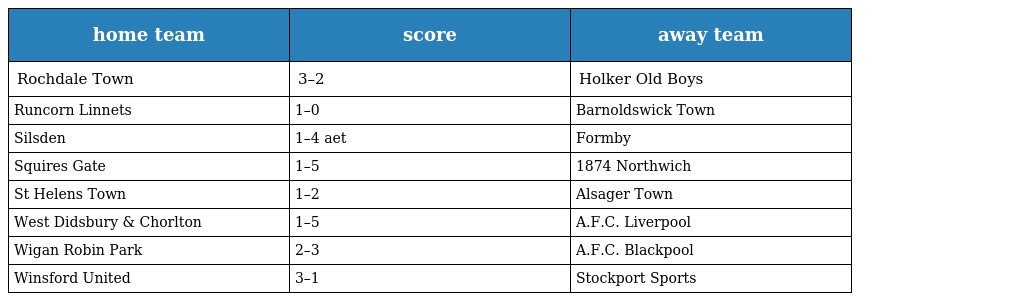
| home team | score | away team |
 | --- | --- | --- |
 | Rochdale Town | 3–2 | Holker Old Boys |
 | Runcorn Linnets | 1–0 | Barnoldswick Town |
 | Silsden | 1–4 aet | Formby |
 | Squires Gate | 1–5 | 1874 Northwich |
 | St Helens Town | 1–2 | Alsager Town |
 | West Didsbury & Chorlton | 1–5 | A.F.C. Liverpool |
 | Wigan Robin Park | 2–3 | A.F.C. Blackpool |
 | Winsford United | 3–1 | Stockport Sports |